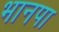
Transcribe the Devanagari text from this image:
भानपा